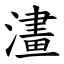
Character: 澅